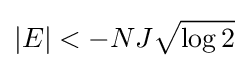
|E|<-NJ{\sqrt {\log 2}}